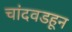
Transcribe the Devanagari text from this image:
चांदवडहून